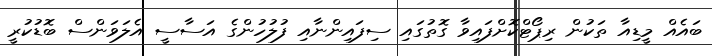
ބައެއް މީޑިއާ ތަކުން ރިޕޯޓްކޮށްފައިވާ ގޮތުގައި ސިފައިންނާއި ފުލުހުންގެ އަސާސީ އެލަވަންސް ބޮޑުކުރީ